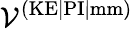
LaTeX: \mathcal{V}^{(\textrm{KE|PI|mm})}